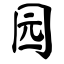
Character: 园